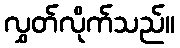
လွှတ်လိုက်သည်။